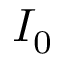
I _ { 0 }